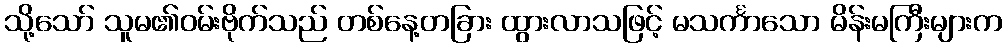
သို့သော် သူမ၏ဝမ်းဗိုက်သည် တစ်နေ့တခြား ထွားလာသဖြင့် မသင်္ကာသော မိန်းမကြီးများက